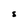
Character: S